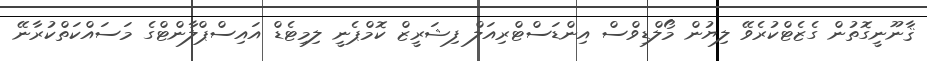
ޤާނޫނީގޮތުން ގެޒެޓްކުރެވޭ ލިޔުން މޯލްޑިވްސް އިންޑަސްޓްރިއަލް ފިޝަރީޒް ކޮމްޕެނީ ލިމިޓެޑް އައިސްޕްލާންޓްގެ މަސައްކަތްކުރާނޭ